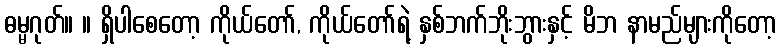
ဓမ္မဂုတ်။ ။ ရှိပါစေတော့ ကိုယ်တော်, ကိုယ်တော်ရဲ့ နှစ်ဘက်ဘိုးဘွားနှင့် မိဘ နာမည်များကိုတော့